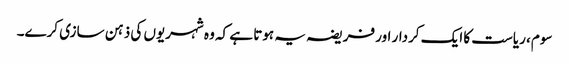
سوم، ریاست کا ایک کردار اور فریضہ یہ ہوتا ہے کہ وہ شہریوں کی ذہن سازی کرے۔